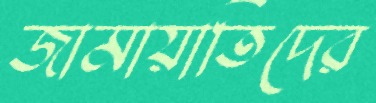
জামায়াতিদের